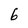
Character: 6